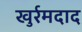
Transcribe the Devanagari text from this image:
खुर्रमदाद